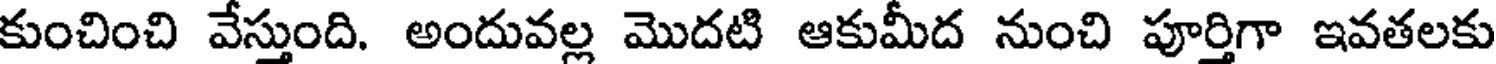
కుంచించి వేస్తుంది. అందువల్ల మొదటి ఆకుమీద నుంచి పూర్తిగా ఇవతలకు